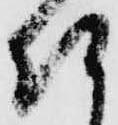
仕